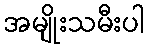
အမျိုးသမီးပါ